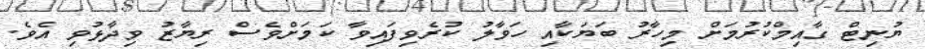
ޔުނިޓް ގާއިމްކުރުމަށް މިހާރު ބަޔަކާއި ހަވާލު ކުރެވިފައިވާ ކަމަށްވެސް ރިޔާޒު ވިދާޅުވި އެވެ.